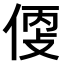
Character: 𠊳